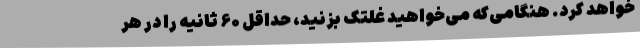
خواهد کرد. هنگامی‌که می‌خواهید غلتک بزنید، حداقل ۶۰ ثانیه را در هر